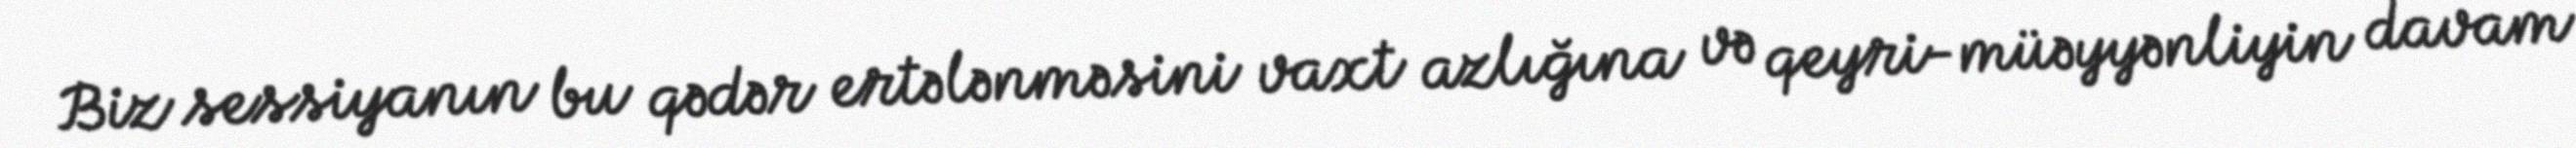
Biz sessiyanın bu qədər ertələnməsini vaxt azlığına və qeyri-müəyyənliyin davam